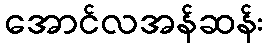
အောင်လအန်ဆန်း